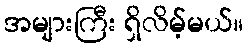
အများကြီး ရှိလိမ့်မယ်။